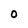
Character: O